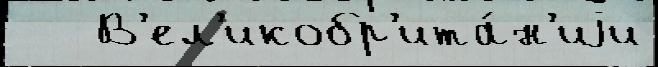
   В'ел'икобр'ита́н'иjи